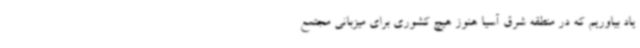
یاد بیاوریم که در منطقه شرق آسیا هنوز هیچ کشوری برای میزبانی مجتمع